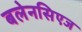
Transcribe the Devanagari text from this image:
बलेनसिएज